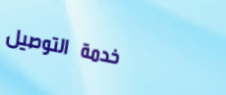
خدمة التوصيل